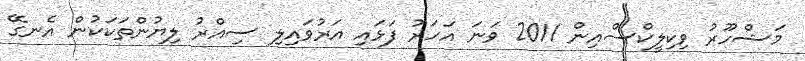
މަޝްހޫރު ވިކިލީކްސްއިން 2011 ވަނަ އަހަރު ފަޅައި އަރުވައިލި ސިއްރު ލިޔުންތަކަކުން އެނގޭ